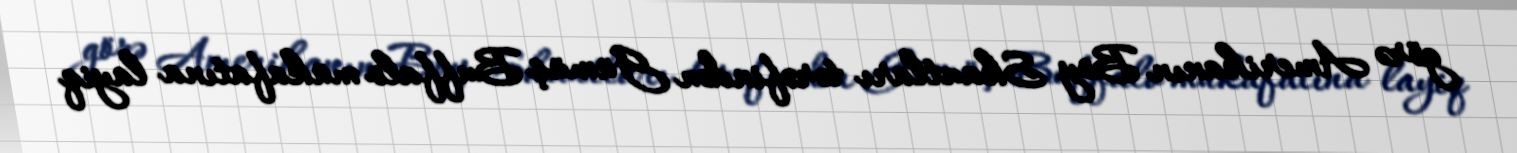
görə Amerikanın Boy Skautları tərəfindən Gümüş Buffalo mükafatına layiq